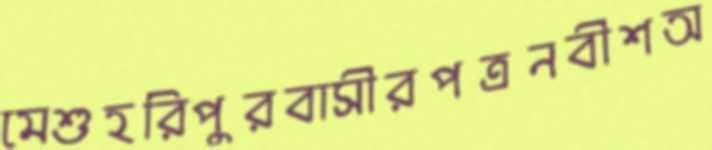
মেশুহরিপুরবাসীরপত্রনবীশঅ